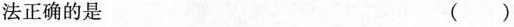
法正确的是 ( )